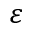
\varepsilon